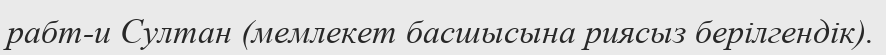
рабт-и Султан (мемлекет басшысына риясыз берілгендік).